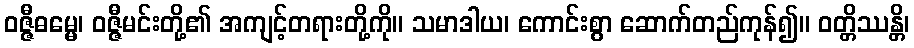
ဝဇ္ဇီဓမ္မေ၊ ဝဇ္ဇီမင်းတို့၏ အကျင့်တရားတို့ကို။ သမာဒါယ၊ ကောင်းစွာ ဆောက်တည်ကုန်၍။ ဝတ္တိဿန္တိ၊